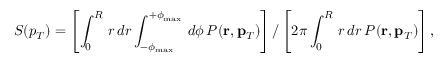
S ( p _ { T } ) = \left[ \int _ { 0 } ^ { R } \, r \, d r \int _ { - \phi _ { \mathrm { m a x } } } ^ { + \phi _ { \mathrm { m a x } } } \, d \phi \, P ( \mathbf { r } , \mathbf { p } _ { T } ) \right] / \left[ 2 \pi \int _ { 0 } ^ { R } \, r \, d r \, P ( \mathbf { r } , \mathbf { p } _ { T } ) \right] ,